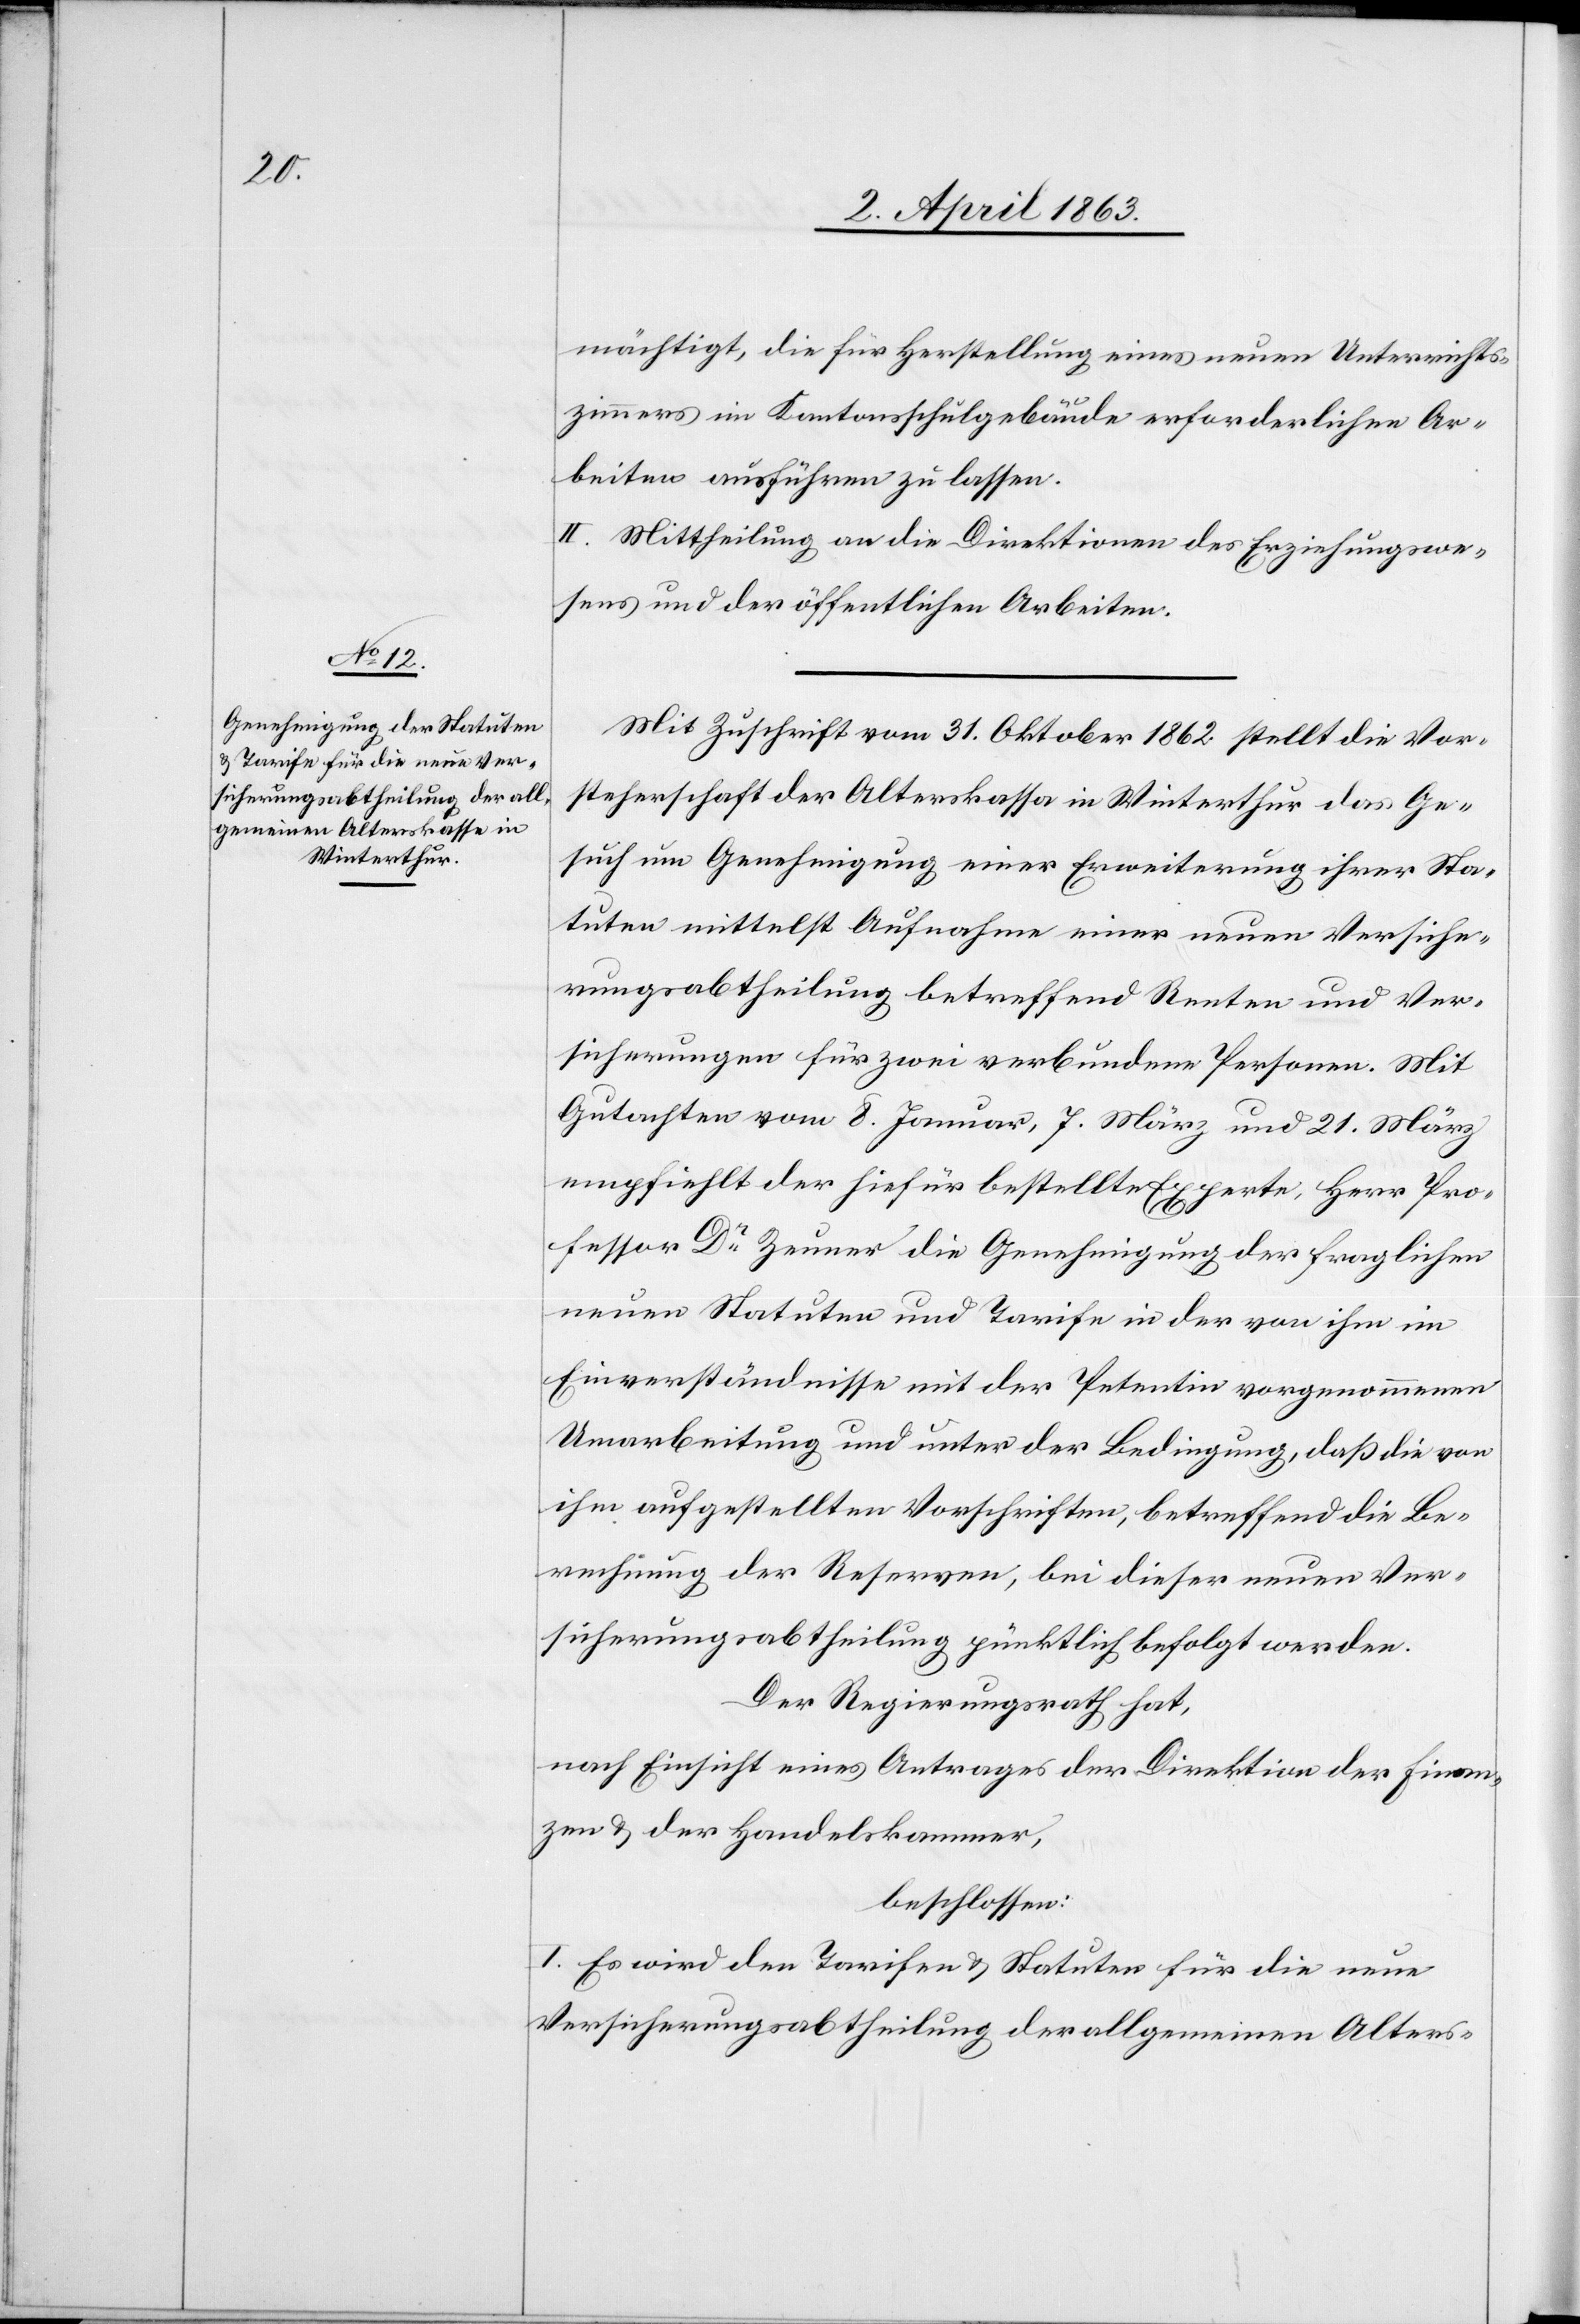
mächtigt, die für Herstellung eines neuen Unterrichts¬
zimmers im Kantonsschulgebäude erforderlichen Ar¬
beiten ausführen zu lassen.
II. Mittheilung an die Direktionen des Erziehungswe¬
sens und der öffentlichen Arbeiten.
Mit Zuschrift vom 31. Oktober 1862 stellt die Vor¬
steherschaft der Alterskassa in Winterthur das Ge¬
such um Genehmigung einer Erweiterung ihrer Sta¬
tuten mittelst Aufnahme einer neuen Versiche¬
rungsabtheilung betreffend Renten und Ver¬
sicherungen für zwei verbundene Personen. Mit
Gutachten vom 8. Januar, 7. März und 21. März
empfiehlt der hiefür bestellte Experte, Herr Pro¬
fessor Dr Zeuner die Genehmigung der fraglichen
neuen Statuten und Tarife in der von ihm im
Einverständnisse mit der Petentin vorgenommenen
Umarbeitung und unter der Bedingung, daß die von
ihm aufgestellten Vorschriften, betreffend die Be¬
rechnung der Reserven, bei dieser neuen Ver¬
sicherungsabtheilung pünktlich befolgt werden.
Der Regierungsrath hat,
nach Einsicht eines Antrages der Direktion der Finan¬
zen & der Handelskammer,
beschlossen:
I. Es wird den Tarifen & Statuten für die neue
Versicherungsabtheilung der allgemeinen Alters-